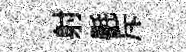
射㲲斥